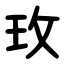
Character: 玫